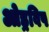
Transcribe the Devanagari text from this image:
ओड्रविष